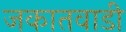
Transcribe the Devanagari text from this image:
जकातवाडी